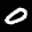
Label: 0